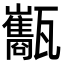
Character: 𤮰